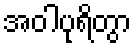
အဝါပုရိတွာ